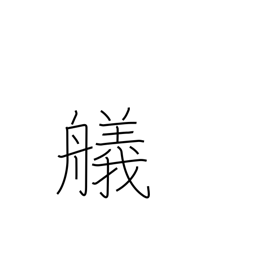
Meaning: landing a boat